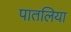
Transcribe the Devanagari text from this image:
पातलिया